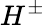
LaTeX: H^{\pm}